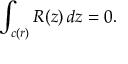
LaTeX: \int _ { c ( r ) } R ( z ) \, d z = 0 .